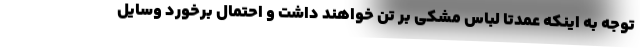
توجه به اینکه عمدتا لباس مشکی بر تن خواهند داشت و احتمال برخورد وسایل